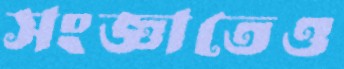
সংজ্ঞাতেও